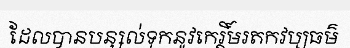
ដែលបានបន្សល់ទុកនូវកេរ្តិ៍មរតកវប្បធម៌